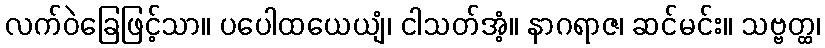
လက်ဝဲခြေဖြင့်သာ။ ပပေါထယေယျံ၊ ငါသတ်အံ့။ နာဂရာဇ၊ ဆင်မင်း။ သဗ္ဗတ္ထ၊